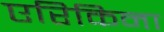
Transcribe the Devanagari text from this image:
एरिकिना